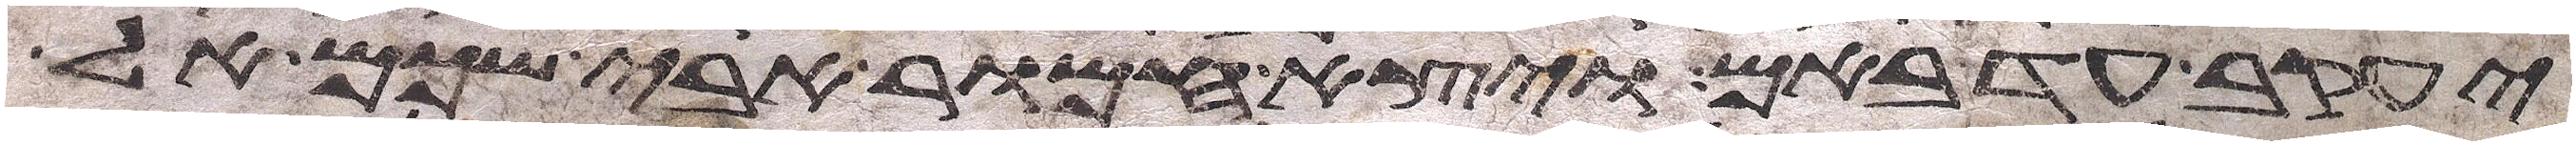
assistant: יעקב עד באם ויצא חמור אבי שכם אל